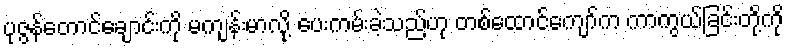
ပုဇွန်တောင်ချောင်းကို မကျန်းမာလို့ ပေးကမ်းခဲ့သည်ဟု တစ်ထောင်ကျော်က ကာကွယ်ခြင်းတို့ကို